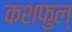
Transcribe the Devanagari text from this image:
कशफुल्